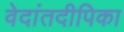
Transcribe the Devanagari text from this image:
वेदांतदीपिका